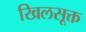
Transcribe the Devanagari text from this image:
खिलसूक्त